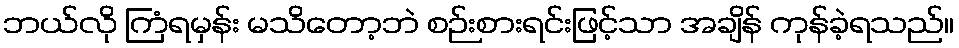
ဘယ်လို ကြံရမှန်း မသိတော့ဘဲ စဉ်းစားရင်းဖြင့်သာ အချိန် ကုန်ခဲ့ရသည်။